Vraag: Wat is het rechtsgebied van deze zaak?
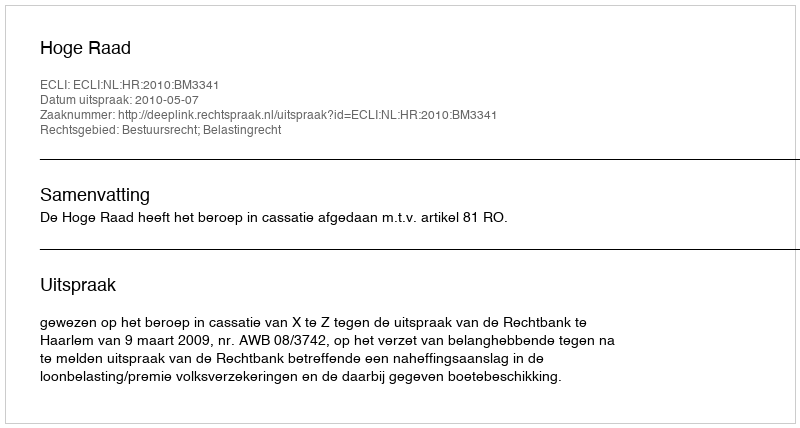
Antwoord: Bestuursrecht; Belastingrecht